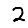
Digit: 2